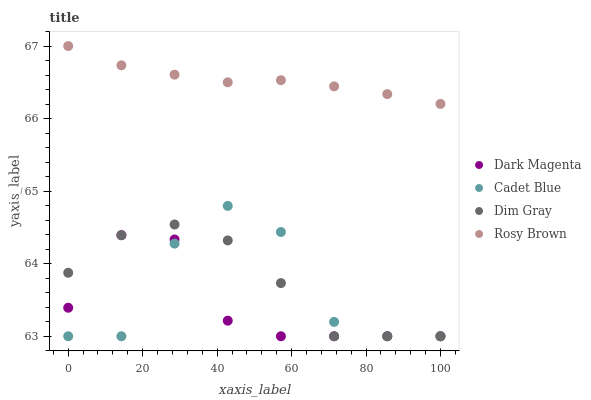
| xaxis_label | Dark Magenta | Cadet Blue | Dim Gray | Rosy Brown |
 | --- | --- | --- | --- | --- |
 | 0 | 63.4 | 63 | 63.9 | 67 |
 | 14.3 | 64.4 | 63 | 64.4 | 66.7 |
 | 28.6 | 64.3 | 64.3 | 64.5 | 66.6 |
 | 42.9 | 63.2 | 64.8 | 64.3 | 66.5 |
 | 57.1 | 63 | 64.4 | 63.7 | 66.5 |
 | 71.4 | 63 | 63.2 | 63 | 66.4 |
 | 85.7 | 63 | 63 | 63 | 66.3 |
 | 100 | 63 | 63 | 63 | 66.2 |